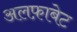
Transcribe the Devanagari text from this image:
अलफ़ाबेट